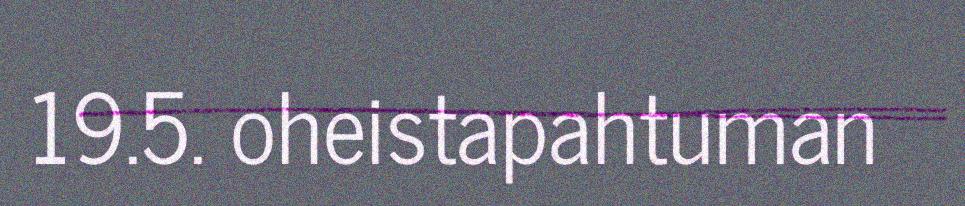
19.5. oheistapahtuman